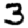
Digit: 3